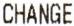
CHANGE